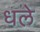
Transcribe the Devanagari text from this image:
धले